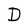
Character: D